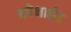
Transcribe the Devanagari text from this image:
अपेक्षाभेद